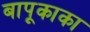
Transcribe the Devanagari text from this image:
बापूकाका